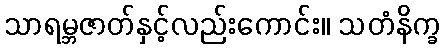
သာရမ္ဘဇာတ်နှင့်လည်းကောင်း။ သတံနိက္ခ